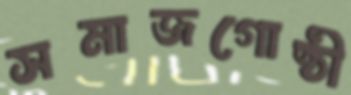
সমাজগোষ্ঠী